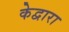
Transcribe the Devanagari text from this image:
केद्वारा